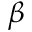
\beta